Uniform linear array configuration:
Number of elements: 32
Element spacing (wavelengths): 1
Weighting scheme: binomial
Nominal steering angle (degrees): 45
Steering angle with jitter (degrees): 46.94
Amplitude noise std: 0.05
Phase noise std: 0.05

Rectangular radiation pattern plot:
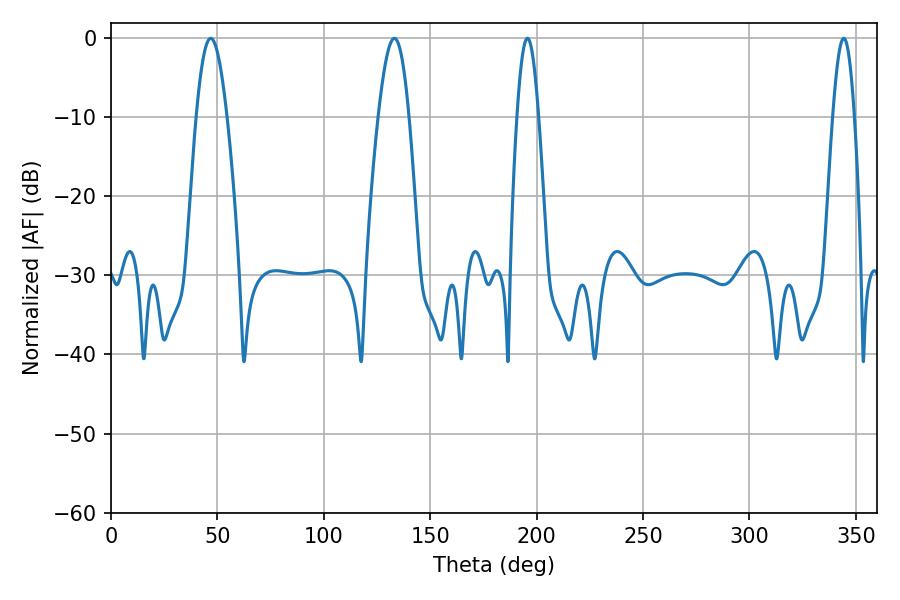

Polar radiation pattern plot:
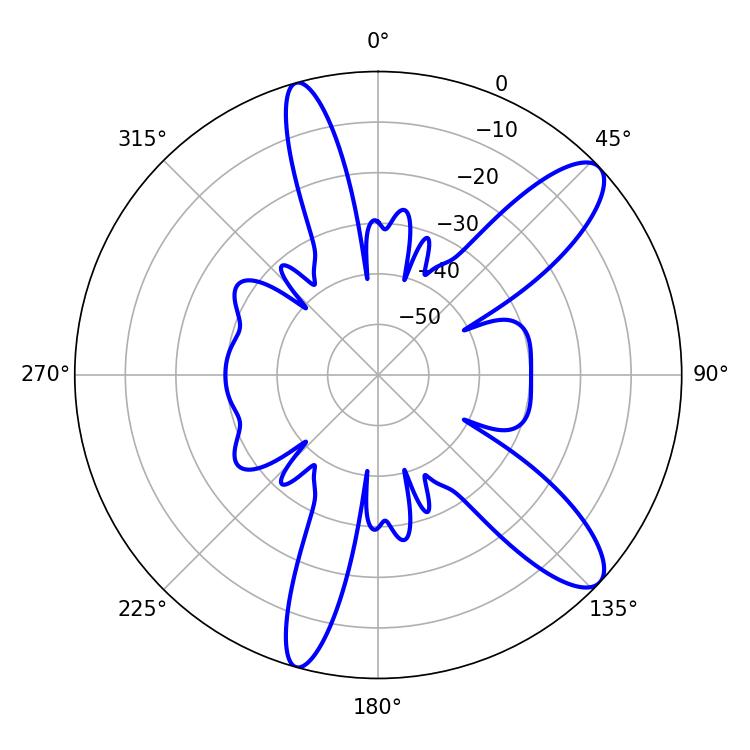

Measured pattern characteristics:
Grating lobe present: TRUE
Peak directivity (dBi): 10.985
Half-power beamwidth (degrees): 5.58
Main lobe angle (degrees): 195.66